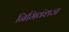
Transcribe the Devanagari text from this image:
निमिवंशज